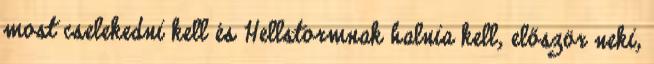
most cselekedni kell és Hellstormnak halnia kell, először neki,